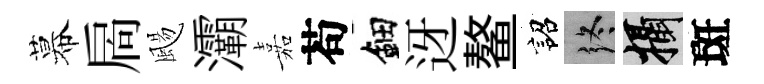
幕扄颺灞嘉苟鈿迓鳌詔终攝斑